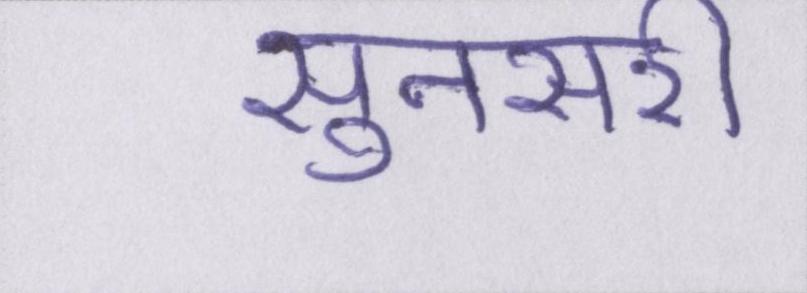
सुनसरी